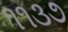
૧૧૩૭